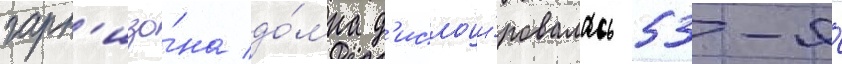
гарн'изо́на до́мна д'ислоци́ровалась 53-я́